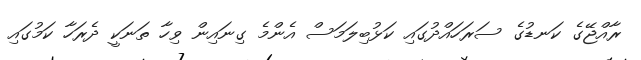
ރާއްޖޭގެ ކަނޑުގެ ސަރަހައްދުގައި ކަޅުބިލަމަސް އެންމެ ގިނައިން ވިހާ ތަނަކީ ދެރަހާ ކަމުގައި